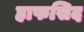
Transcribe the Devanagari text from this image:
हाफसिद